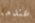
عندما